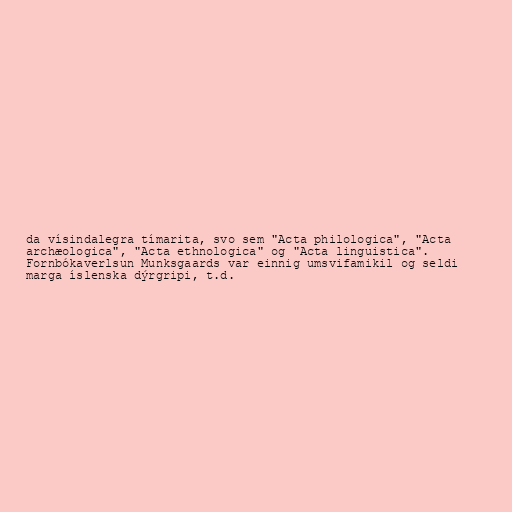
da vísindalegra tímarita, svo sem "Acta philologica", "Acta
archæologica", "Acta ethnologica" og "Acta linguistica".
Fornbókaverlsun Munksgaards var einnig umsvifamikil og seldi
marga íslenska dýrgripi, t.d.